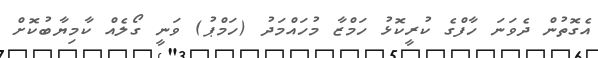
އެގޮތުން ދެވަނަ ހާފްގެ ކުރީކޮޅު ހަމްޒާ މުހައްމަދު (ހަމްޕު) ވަނީ ގޯލެއް ކާމިޔާބުކޮށް